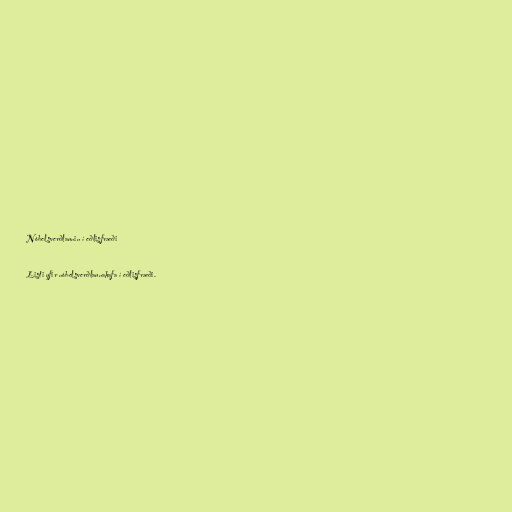
Nóbelsverðlaunin í eðlisfræði

Listi yfir nóbelsverðlaunahafa í eðlisfræði.